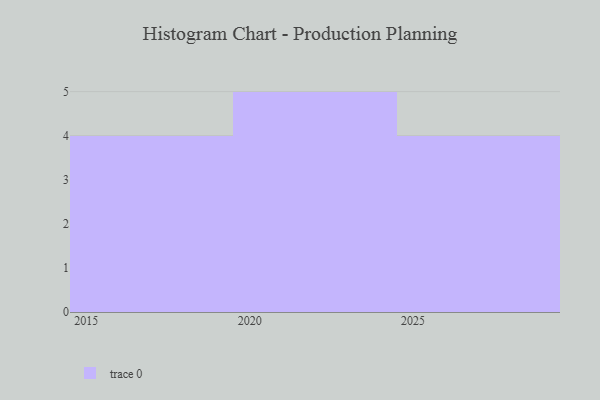
{"axis": {"x": "Year", "y": "Page Views"}, "legend": [""], "data": [{"x": "2029", "y": 51, "type": ""}, {"x": "2024", "y": 2, "type": ""}, {"x": "2016", "y": 83, "type": ""}, {"x": "2028", "y": 22, "type": ""}, {"x": "2027", "y": 19, "type": ""}, {"x": "2015", "y": 96, "type": ""}, {"x": "2025", "y": 78, "type": ""}, {"x": "2020", "y": 73, "type": ""}, {"x": "2022", "y": 27, "type": ""}, {"x": "2021", "y": 67, "type": ""}, {"x": "2019", "y": 28, "type": ""}, {"x": "2023", "y": 14, "type": ""}, {"x": "2017", "y": 71, "type": ""}]}